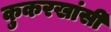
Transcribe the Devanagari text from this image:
कुकरखांसी